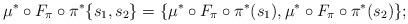
LaTeX: \begin{gather*} \mu^* \circ F_{\pi} \circ \pi^* \{s_1,s_2\} = \{\mu^* \circ F_{\pi} \circ \pi^*(s_1), \mu^* \circ F_{\pi} \circ \pi^*(s_2)\}; \end{gather*}